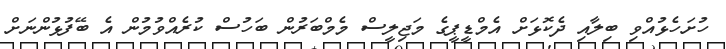
ހުށަހެޅުއްވި ބިލާއި ދެކޮޅަށް އެމްޑީޕީގެ މަޖިލީސް މެމްބަރުން ބަހުސް ކުރެއްވުމުން އެ ބޭފުޅުންނަށް